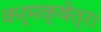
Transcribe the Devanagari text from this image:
कर्मक्षेत्र।